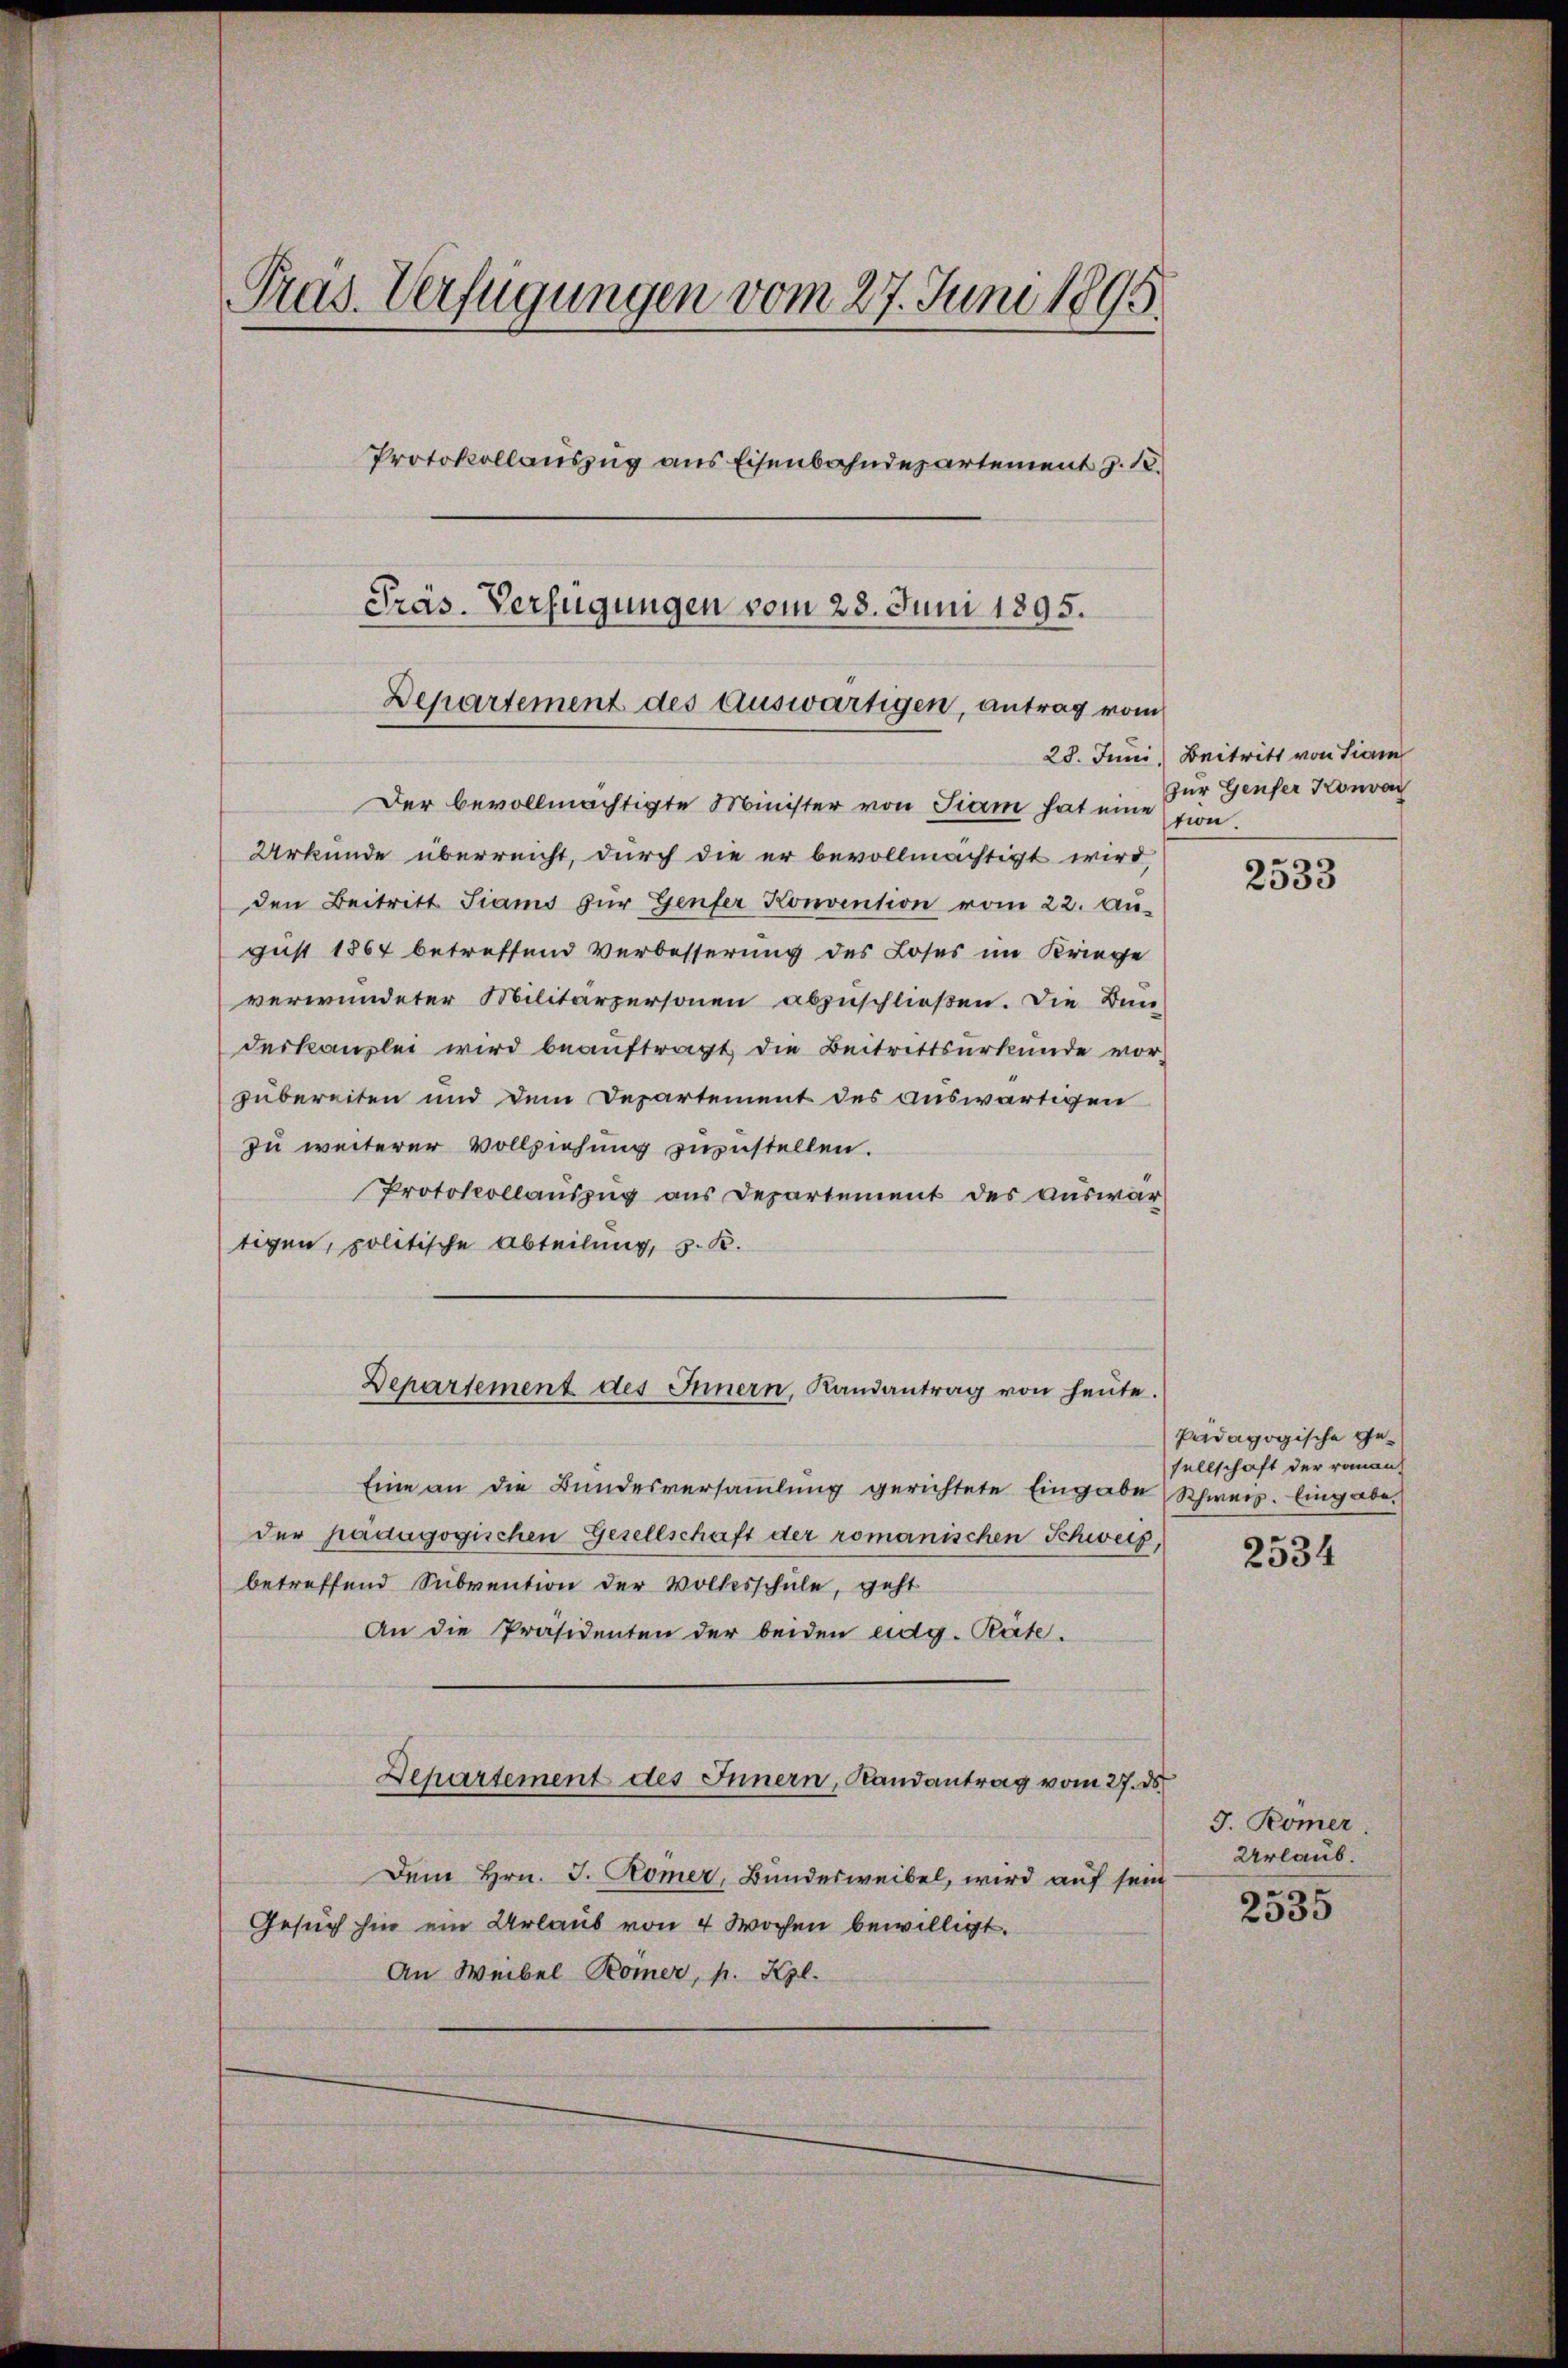
Pras. Verfügungen vom 27. Juni 1895.
Protokollauszug aus Eisenbahndepartement z. 18.
Präs. Verfügungen vom 28. Juni 1895.
Departement des Auswärtigen, antrag vom

Der bevollmächtigte Minister von Fiam hat eine
Urkunde überreicht, durch die er bevollmächtigt wird,
den Beitritt Siams zŭr Genfer Konvention vom 22. An-
gust 1864 betreffend Verbesserung des Loses im Kriege
verwundeter Militärpersonen abzuschließen. Die Bun-
deskanzlei wird beauftragt die Beitrittsurkunde vor-
zubereiten und dem Departement des auswärtigen
zu weiterer Vollziehung zuzustellen.
Protokollauszug aus Departement des Auswartigen, politische Abteilung, z. B.
Eine an die Bŭndesversaṁlŭng gerichtete Eingabe Schweiz. Eingabe.
der padagogischen Gesellschaft der romanischen Schweiz,
betreffend Subvention der Volksschule, geht
An die Präsidenten der beiden eidg. Räte.
Departement des Innern, Randantrag vom 27. ds.
Dem Hrn. J. Komer, Bundesweibel, wird auf sein
Gesuch hin ein Urlaub von 4 Wochen bewilligt.
An Weibel Römer, p. Kgl.

Departement des Innern, Landantrag von heŭte.

28. Juni, Beitritt von Sam
zur Genfer Konven
tion.

2533

Pädagogische Gesellschaft der roman

2534

J. Römer
Urlaub.

2535